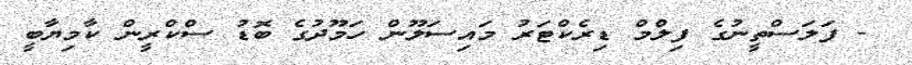
- ފަލަސްތީނުގެ ފިލްމް ޑިރެކްޓަރު މައިސަލޫން ހަމޫދުގެ ބޮޑު ސްކްރީން ކާމިޔާބީ